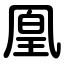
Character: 凰